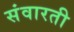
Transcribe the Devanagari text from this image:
संवारती